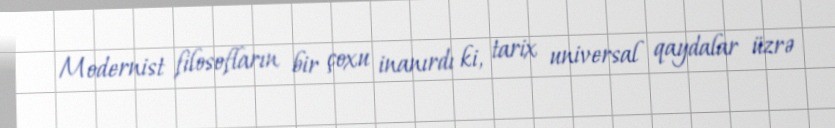
Modernist filosofların bir çoxu inanırdı ki, tarix universal qaydalar üzrə